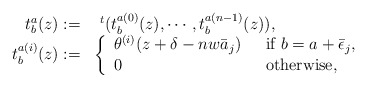
\begin{align*}\begin{array}{rl}t^{a}_{b}(z):= & ~^{t}(t_{b}^{a(0)}(z), \cdots , t_{b}^{a(n-1)}(z)), \\t_{b}^{a(i)}(z):= & \left\{ \begin{array}{ll} \theta^{(i)}(z+\delta -nw\bar{a}_j ) ~~ & \mbox{if $b=a+\bar{\epsilon}_j ,$} \\0 ~~ & \mbox{otherwise,} \end{array} \right. \end{array} \end{align*}